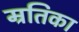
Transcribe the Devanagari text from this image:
म्रतिका